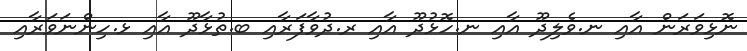
ނޮޅިވަރަން އާއި ނ.ވެލިދޫ އާއި ނ.ހޮޅުދޫ އާއި ރ.ދުވާފަރާއި ބ.ތުޅާދޫ އާއި ޅ.ހިންނަވަރާއި